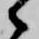
候